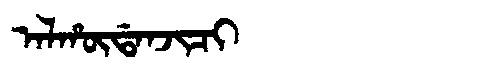
Manchu: ᠠᠯᡥᡡᡩᠠᠨᠵᡳᠴᡳ
Romanization: ALHŪDANJICI